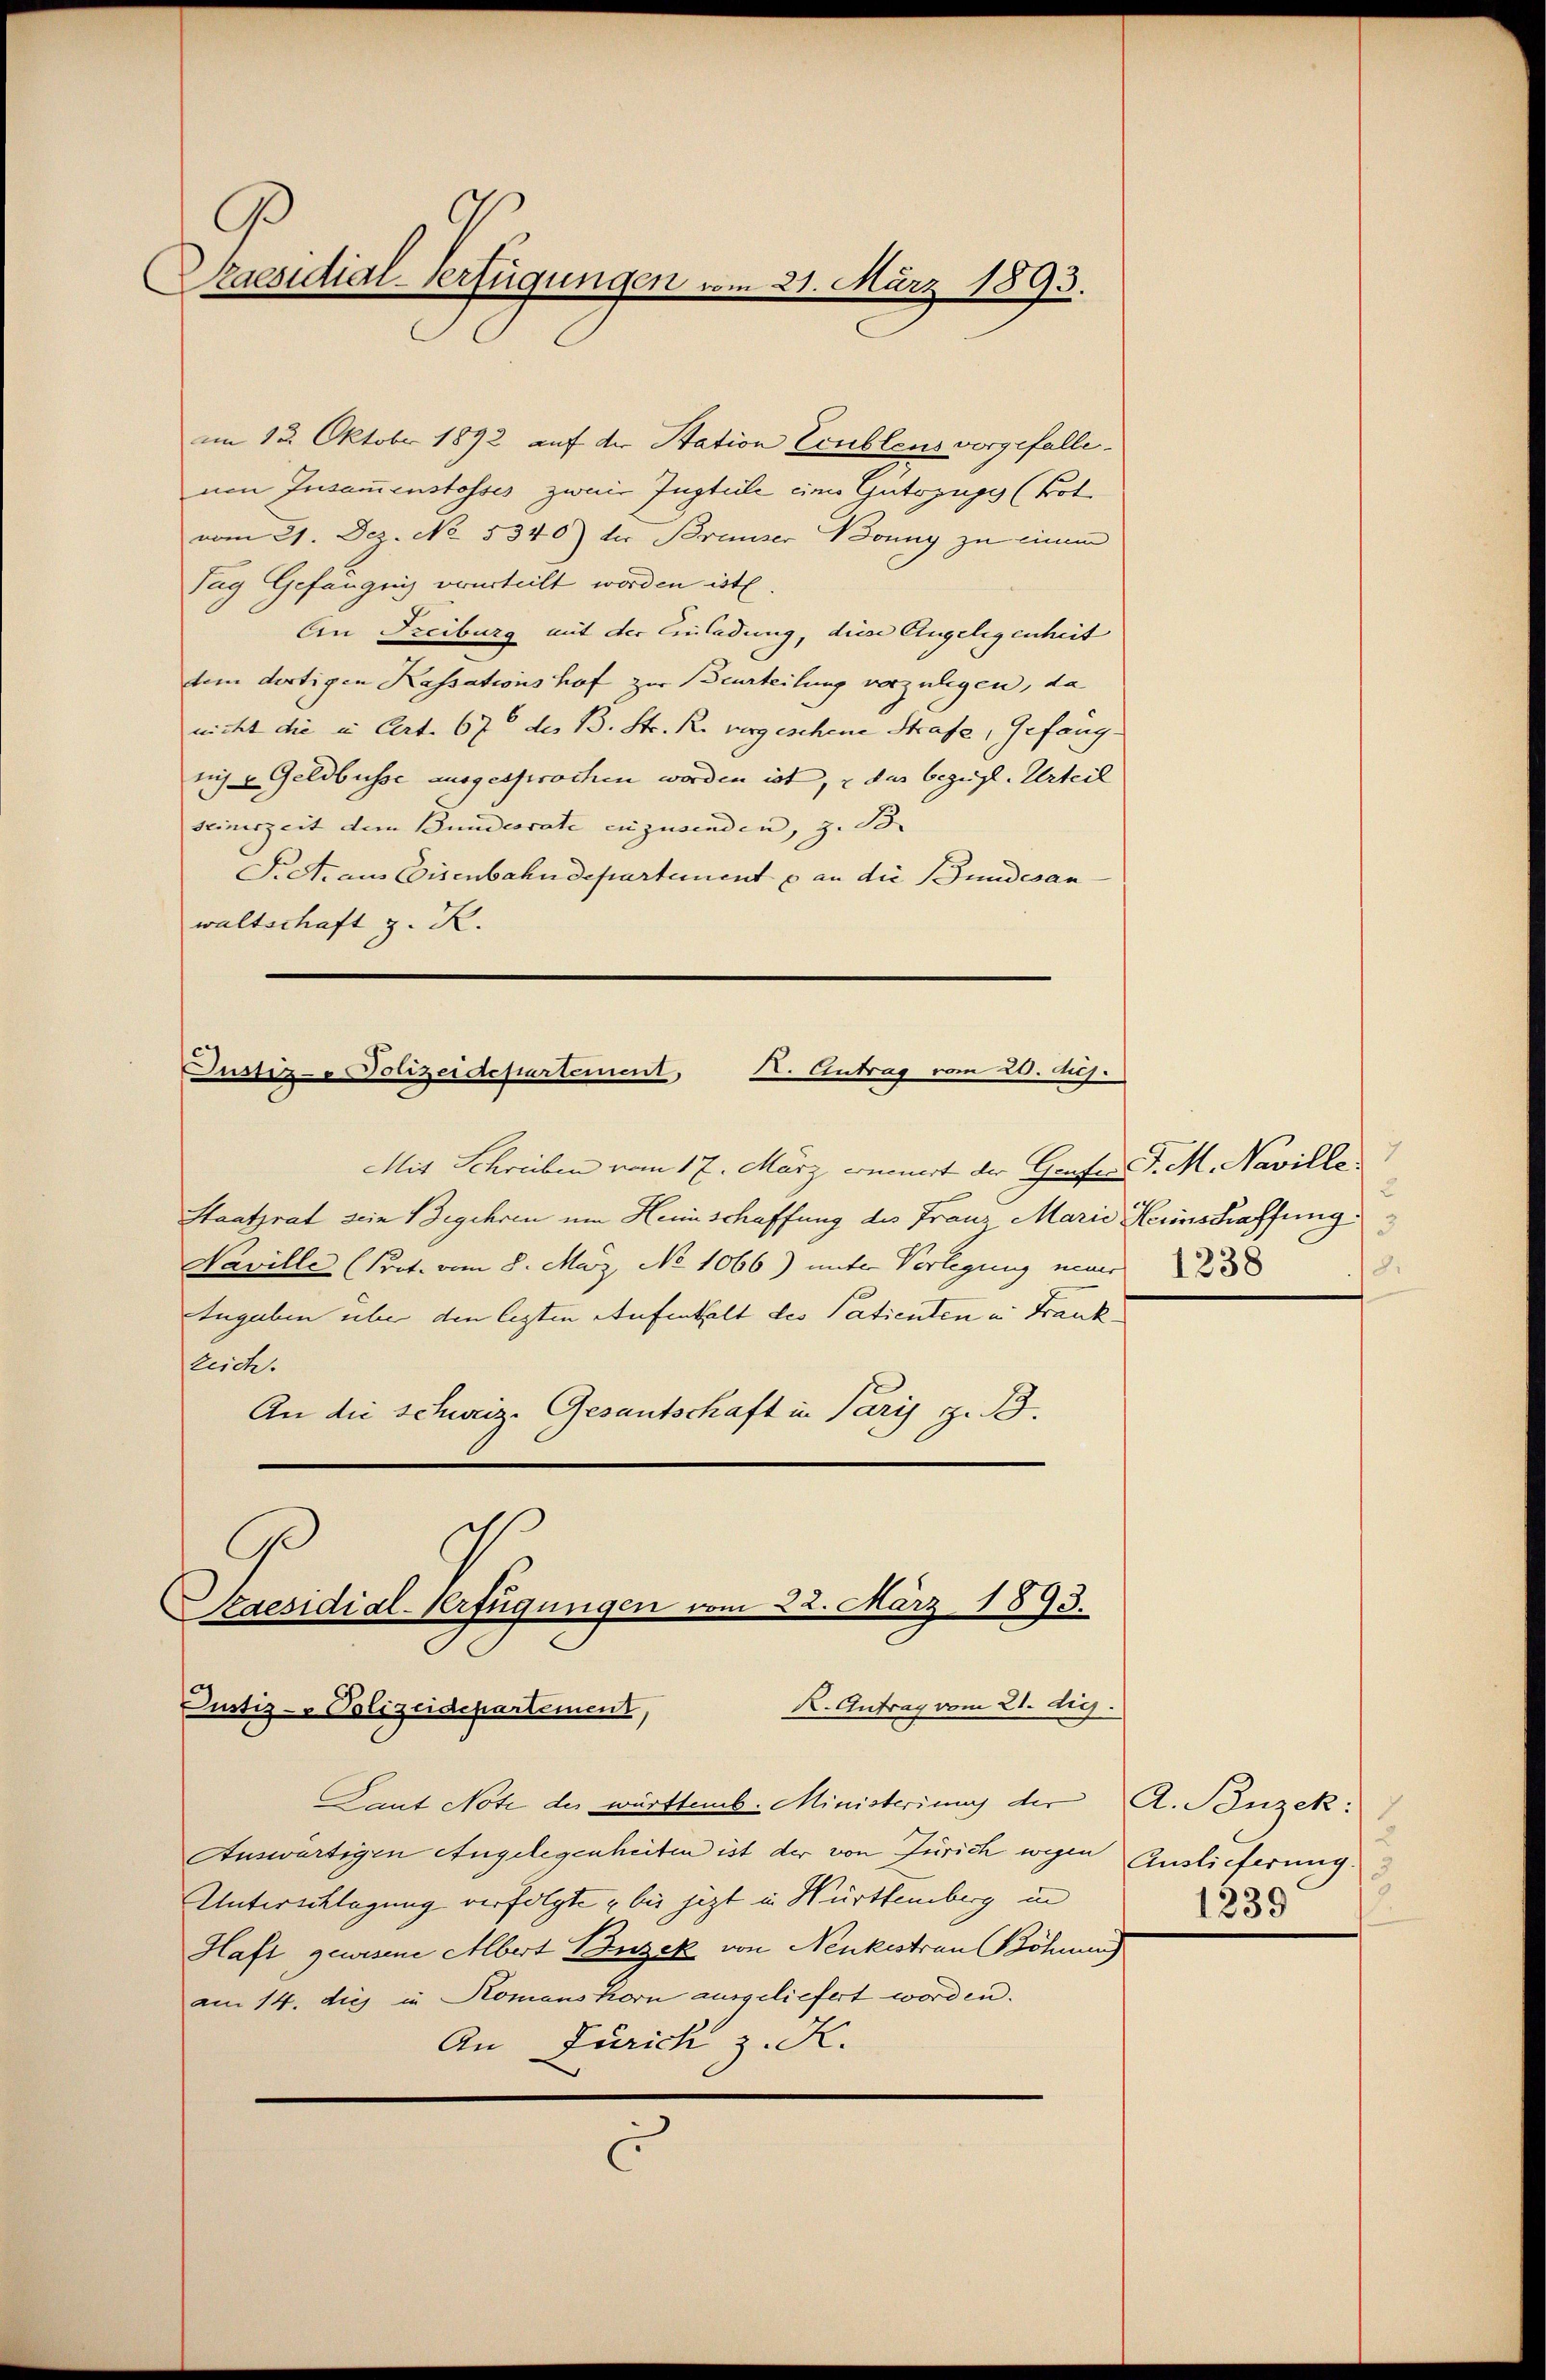
Praesidial-Verfügungen vom 21. März 1893.

im 13. Oktober 1892 auf der Station Ecublens vorgefallenen Insamenstosses zwei Justeile eines Gutszuges (Bot.
vom 21. Dez. No. 5340) der Brauser Bonny zu einem
Tag Gefängnis verurteilt worden ist.
An Freiburg mit der Einladung, diese Angelegenheit
dem dortigen Kassationshof zur Beurteilung vorzulegen, da
nicht die in Art. 67 des B. Str. R. vorgeschene Strafe, Gefängniis u Geldbusse ausgesprochen worden ist, u das bezeigel. Urteil
seinerzeit dem Bundesrate zuzusenden, z. B. |
Piet. aus Eisenbahndepartement & an die Bundesan
waltschaft z. K.
Mit Schreiben vom 17. März erinnert der Grafe P. M. Naville
Staatsrat sein Begehren um Heimschaffung des Franz Marie Herinstraffung
Naville (Prot. vom 8. März, No 1066) unter Vorlegung neuer         23
Angaben über den lezten Aufenthalt des Patienten in Frank
leich.
An die schweiz. Gesantschaft in Paris z. B.
G
Kaesidial-Verfügungen vom 22. März 1893.
R. Antrag vom 21. die
Justiz- & Polizeidepartement,
Lant Note der württemb. Ministeriums der A. Bonzek:
Auswärtigen Angelegenheiten ist der von Zürich wegen
Unterecklegung verfolgte bis jetzt in Württemberg in
Haft gewesene Albert Puzek von Neukestrau Böhnung
am 14. dies in Komanshorn ausgeliefert worden.
An Zürich z. K.
C

Justiz- Polizeidepartement, K. Antrag vom 20. huj.

2
18.

Auslieferung
3.
1239